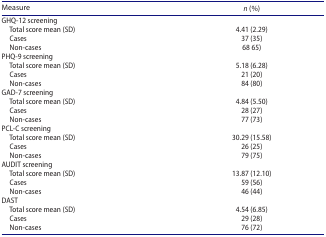
| Measure | n (%) |
 | --- | --- |
 | GHQ-12 screening |  |
 | Total score mean (SD) | 4.41 (2.29) |
 | Cases | 37 (35) |
 | Non-cases | 68 65) |
 | PHQ-9 screening |  |
 | Total score mean (SD) | 5.18 (6.28) |
 | Cases | 21 (20) |
 | Non-cases | 84 (80) |
 | GAD-7 screening |  |
 | Total score mean (SD) | 4.84 (5.50) |
 | Cases | 28 (27) |
 | Non-cases | 77 (73) |
 | PCL-C screening |  |
 | Total score mean (SD) | 30.29 (15.58) |
 | Cases | 26 (25) |
 | Non-cases | 79 (75) |
 | AUDIT screening |  |
 | Total score mean (SD) | 13.87 (12.10) |
 | Cases | 59 (56) |
 | Non-cases | 46 (44) |
 | DAST |  |
 | Total score mean (SD) | 4.54 (6.85) |
 | Cases | 29 (28) |
 | Non-cases | 76 (72) |